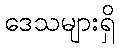
ဒေသများရှိ